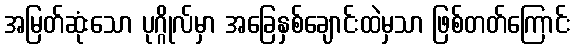
အမြတ်ဆုံးသော ပုဂ္ဂိုလ်မှာ အခြေနှစ်ချောင်းထဲမှသာ ဖြစ်တတ်ကြောင်း